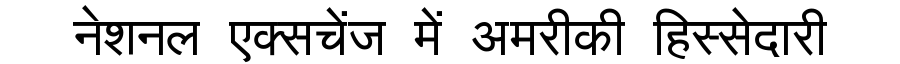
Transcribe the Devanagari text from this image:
नेशनल एक्सचेंज में अमरीकी हिस्सेदारी